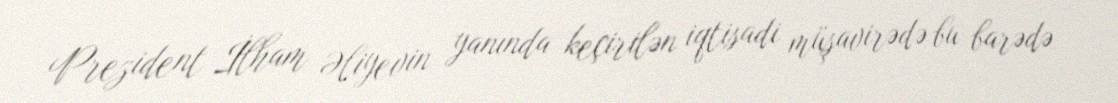
Prezident İlham Əliyevin yanında keçirilən iqtisadi müşavirədə bu barədə